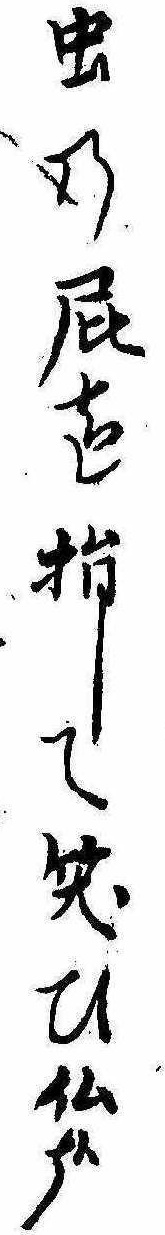
虫の屁を指して笑ひ仏哉